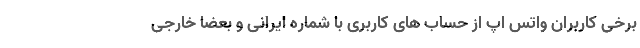
برخی کاربران واتس اپ از حساب های کاربری با شماره ایرانی و بعضا خارجی